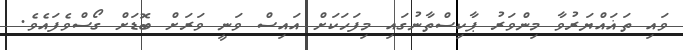
ވައި ތަޣައްޔަރުވާ މިންވަރު ޕާކިސްތާނުގައި މިފަހަކަށް އައިސް ވަނީ ވަރަށް ބޮޑަށް ގޯސްވެފައެވެ.